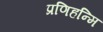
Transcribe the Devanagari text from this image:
प्रणिहन्मि